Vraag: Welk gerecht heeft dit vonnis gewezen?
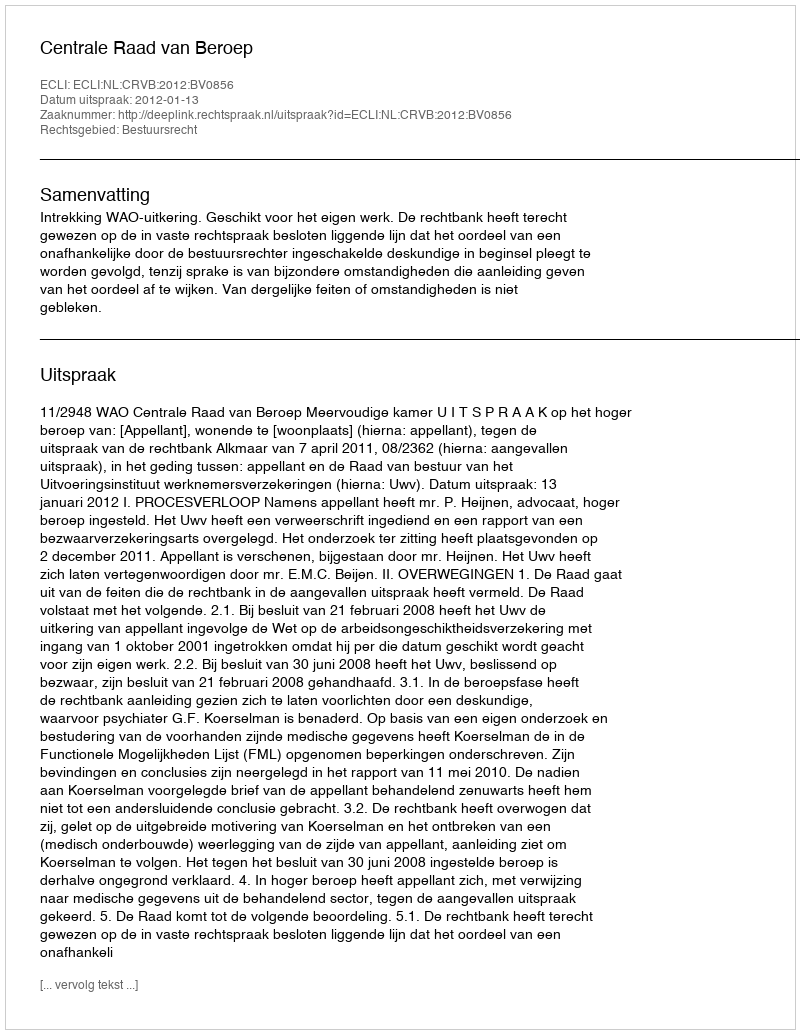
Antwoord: Centrale Raad van Beroep